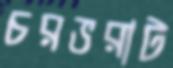
চরভরাট